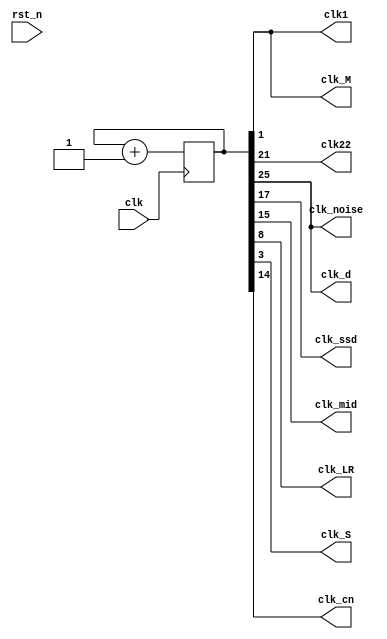
`timescale 1ns / 1ps
//////////////////////////////////////////////////////////////////////////////////
// Company: 
// Engineer: 
// 
// Design Name: 
// Module Name: clock_divisor
// Project Name: 
// Target Devices: 
// Tool Versions: 
// Description: 
// 
// Dependencies: 
// 
// Revision:
// Revision 0.01 - File Created
// Additional Comments:
// 
//////////////////////////////////////////////////////////////////////////////////


module clock_divisor(
input clk,
input rst_n,
output clk1,
output clk22,
output clk_d,
output clk_ssd,
output clk_mid,
output clk_noise,
output clk_M,
output clk_LR,
output clk_S,
output clk_cn
);
reg [25:0] num;
wire [25:0] next_num;

always @(posedge clk) begin
  num <= next_num;
end

assign next_num = num + 1'b1;
assign clk1 = num[1];
assign clk22 = num[21];
assign clk_d = num[25];
assign clk_ssd = num[17];
assign clk_M = num[1];
assign clk_LR = num[8];
assign clk_S = num[3];
assign clk_noise = num[25];
assign clk_mid = num[15];
assign clk_cn = num[14];
endmodule